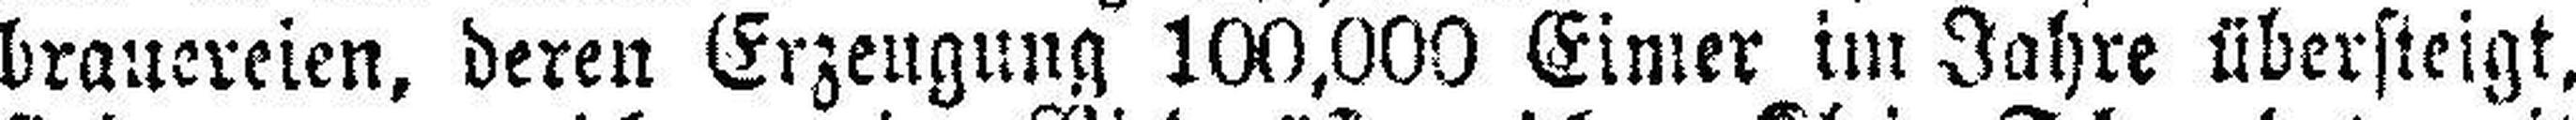
brauereien, deren Erzeugung 100,000 Eimer im Jahre übersteigt,